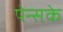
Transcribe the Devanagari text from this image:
पेन्सके